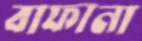
বাফানা